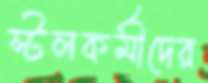
স্টলকর্মীদের